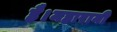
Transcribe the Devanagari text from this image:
है।महारानी